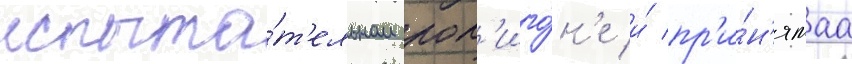
испыта́т'ельном пол'иго́н'е и́ пр'и́н'ятаа